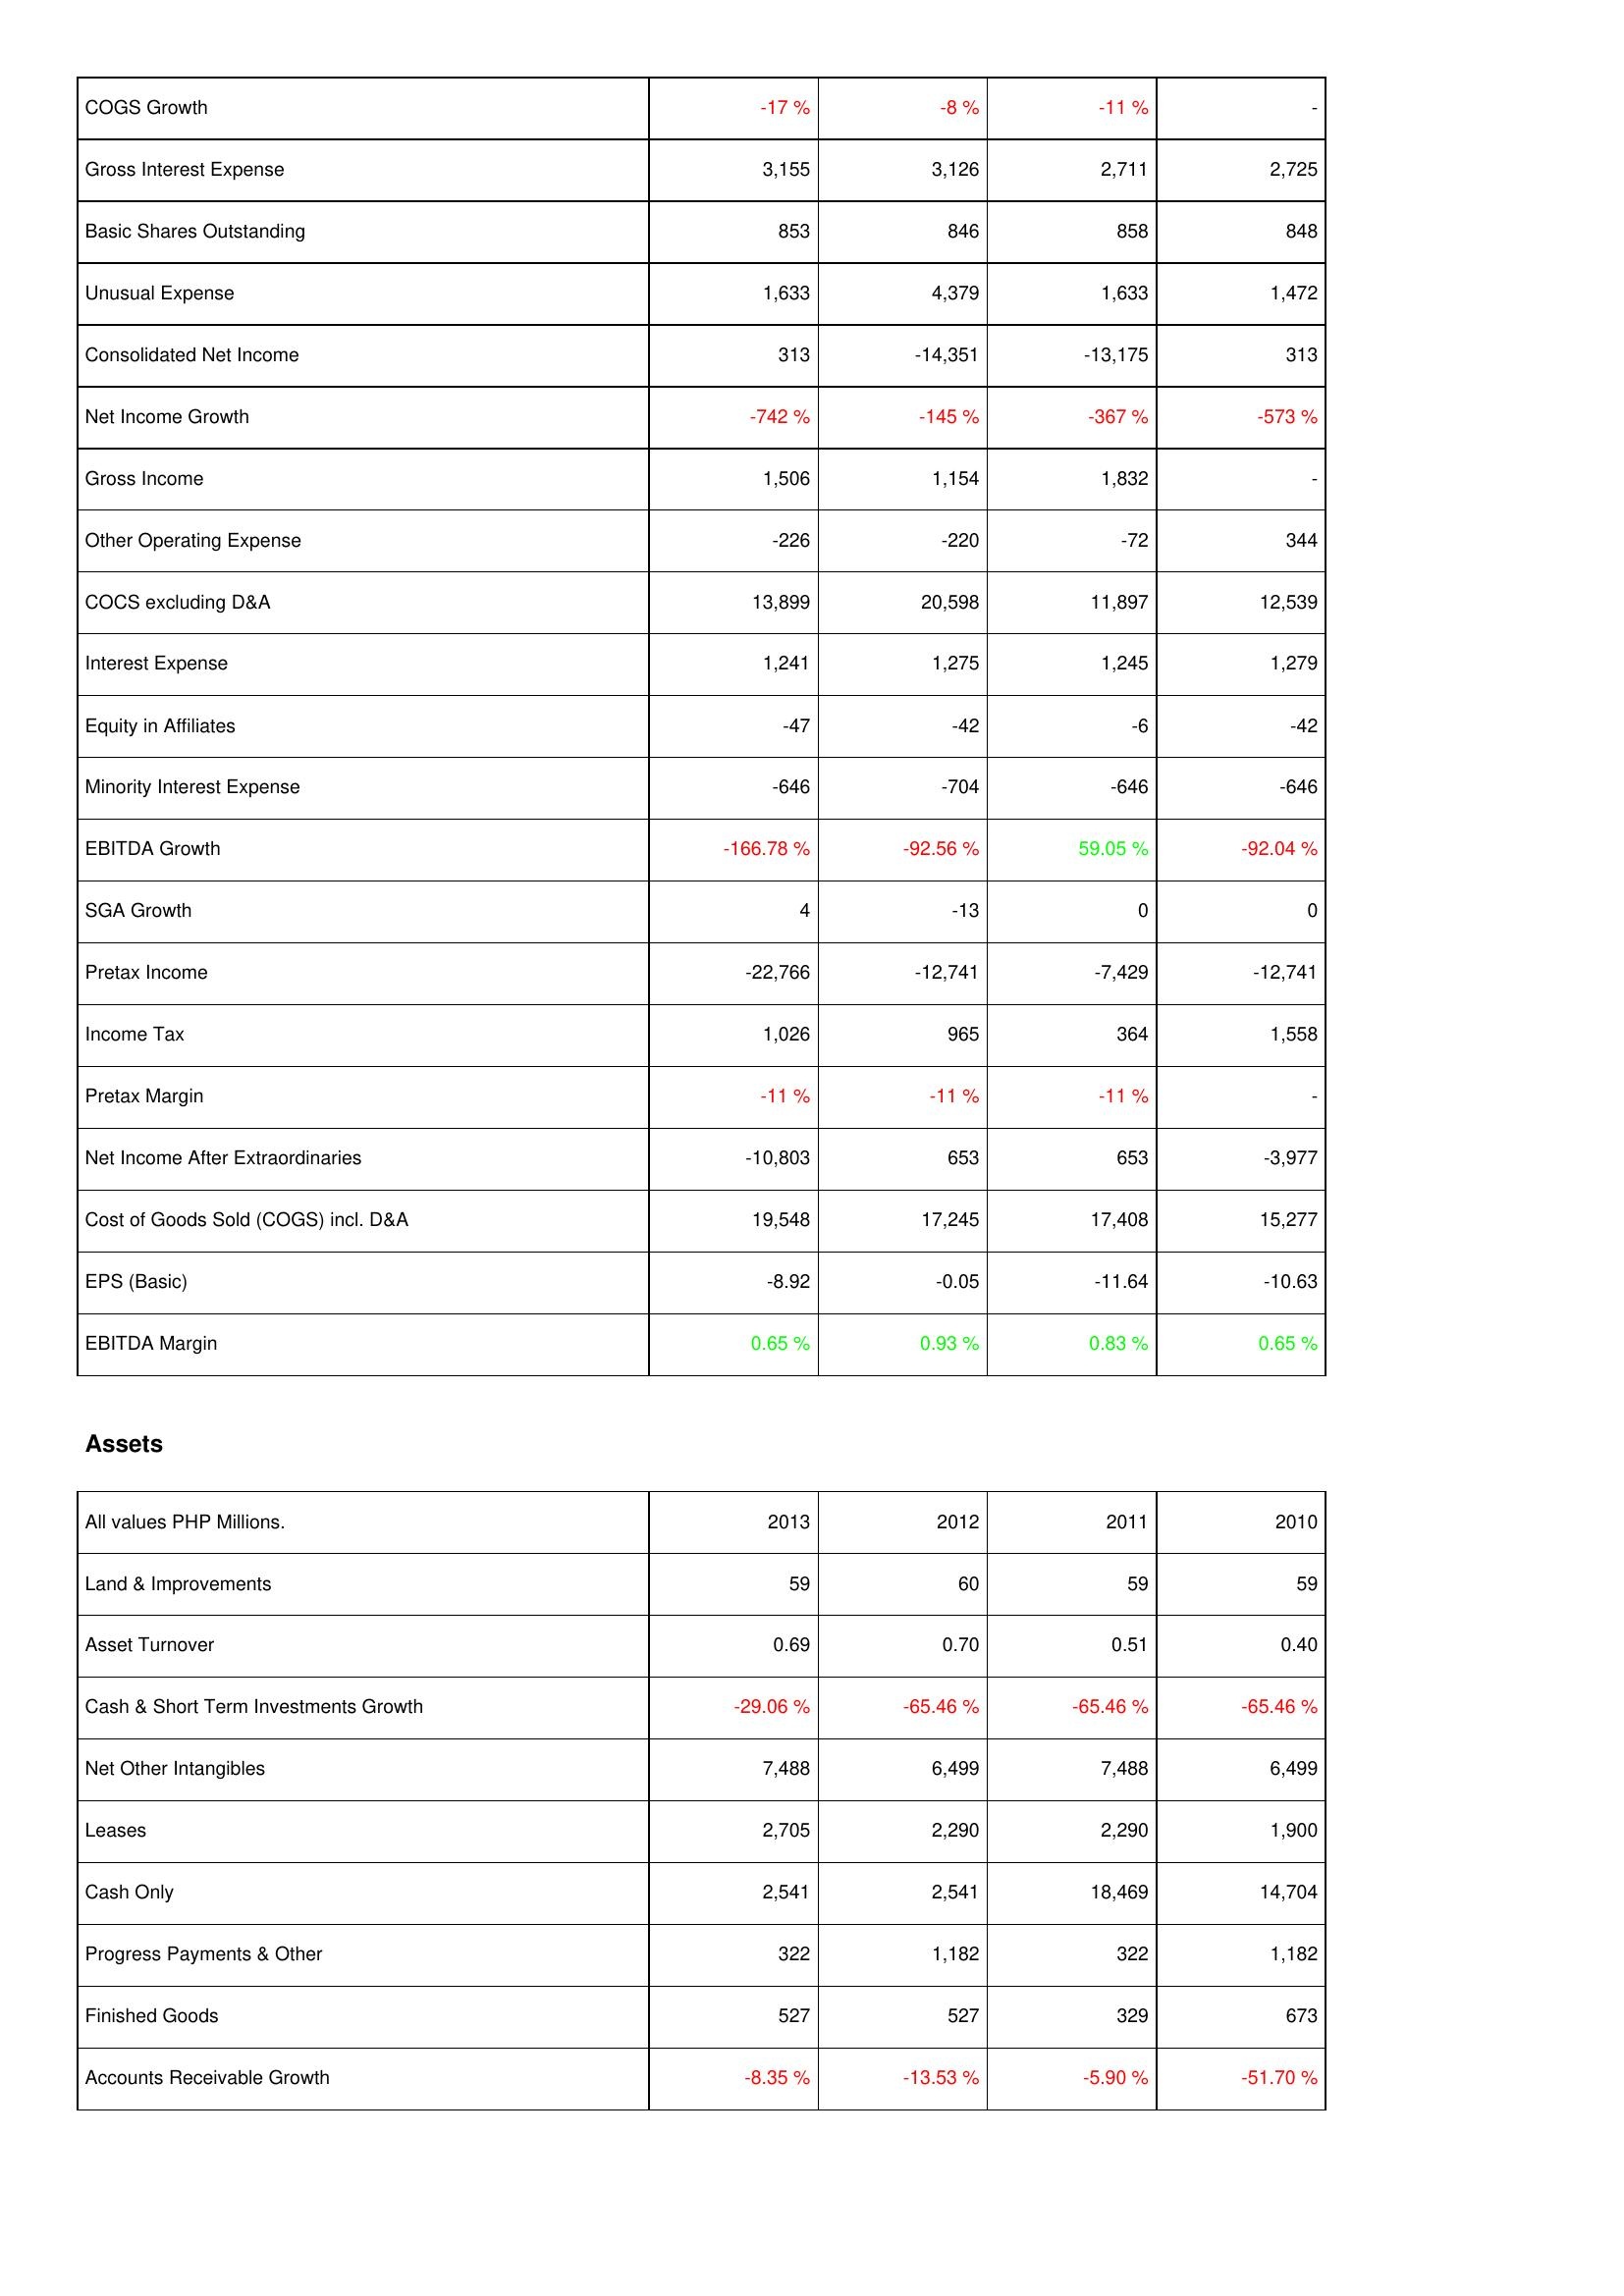
2013: Income Statement: COGS Growth: -17 %
Gross Interest Expense: 3,155
Basic Shares Outstanding: 853
Unusual Expense: 1,633
Consolidated Net Income: 313
Net Income Growth: -742 %
Gross Income: 1,506
Other Operating Expense: -226
COCS excluding D&A: 13,899
Interest Expense: 1,241
Equity in Affiliates: -47
Minority Interest Expense: -646
EBITDA Growth: -166.78 %
SGA Growth: 4
Pretax Income: -22,766
Income Tax: 1,026
Pretax Margin: -11 %
Net Income After Extraordinaries: -10,803
Cost of Goods Sold (COGS) incl. D&A: 19,548
EPS (Basic): -8.92
EBITDA Margin: 0.65 %
Assets: Land & Improvements: 59
Asset Turnover: 0.69
Cash & Short Term Investments Growth: -29.06 %
Net Other Intangibles: 7,488
Leases: 2,705
Cash Only: 2,541
Progress Payments & Other: 322
Finished Goods: 527
Accounts Receivable Growth: -8.35 %
2012: Income Statement: COGS Growth: -8 %
Gross Interest Expense: 3,126
Basic Shares Outstanding: 846
Unusual Expense: 4,379
Consolidated Net Income: -14,351
Net Income Growth: -145 %
Gross Income: 1,154
Other Operating Expense: -220
COCS excluding D&A: 20,598
Interest Expense: 1,275
Equity in Affiliates: -42
Minority Interest Expense: -704
EBITDA Growth: -92.56 %
SGA Growth: -13
Pretax Income: -12,741
Income Tax: 965
Pretax Margin: -11 %
Net Income After Extraordinaries: 653
Cost of Goods Sold (COGS) incl. D&A: 17,245
EPS (Basic): -0.05
EBITDA Margin: 0.93 %
Assets: Land & Improvements: 60
Asset Turnover: 0.70
Cash & Short Term Investments Growth: -65.46 %
Net Other Intangibles: 6,499
Leases: 2,290
Cash Only: 2,541
Progress Payments & Other: 1,182
Finished Goods: 527
Accounts Receivable Growth: -13.53 %
2011: Income Statement: COGS Growth: -11 %
Gross Interest Expense: 2,711
Basic Shares Outstanding: 858
Unusual Expense: 1,633
Consolidated Net Income: -13,175
Net Income Growth: -367 %
Gross Income: 1,832
Other Operating Expense: -72
COCS excluding D&A: 11,897
Interest Expense: 1,245
Equity in Affiliates: -6
Minority Interest Expense: -646
EBITDA Growth: 59.05 %
SGA Growth: 0
Pretax Income: -7,429
Income Tax: 364
Pretax Margin: -11 %
Net Income After Extraordinaries: 653
Cost of Goods Sold (COGS) incl. D&A: 17,408
EPS (Basic): -11.64
EBITDA Margin: 0.83 %
Assets: Land & Improvements: 59
Asset Turnover: 0.51
Cash & Short Term Investments Growth: -65.46 %
Net Other Intangibles: 7,488
Leases: 2,290
Cash Only: 18,469
Progress Payments & Other: 322
Finished Goods: 329
Accounts Receivable Growth: -5.90 %
2010: Income Statement: COGS Growth: -
Gross Interest Expense: 2,725
Basic Shares Outstanding: 848
Unusual Expense: 1,472
Consolidated Net Income: 313
Net Income Growth: -573 %
Gross Income: -
Other Operating Expense: 344
COCS excluding D&A: 12,539
Interest Expense: 1,279
Equity in Affiliates: -42
Minority Interest Expense: -646
EBITDA Growth: -92.04 %
SGA Growth: 0
Pretax Income: -12,741
Income Tax: 1,558
Pretax Margin: -
Net Income After Extraordinaries: -3,977
Cost of Goods Sold (COGS) incl. D&A: 15,277
EPS (Basic): -10.63
EBITDA Margin: 0.65 %
Assets: Land & Improvements: 59
Asset Turnover: 0.40
Cash & Short Term Investments Growth: -65.46 %
Net Other Intangibles: 6,499
Leases: 1,900
Cash Only: 14,704
Progress Payments & Other: 1,182
Finished Goods: 673
Accounts Receivable Growth: -51.70 %